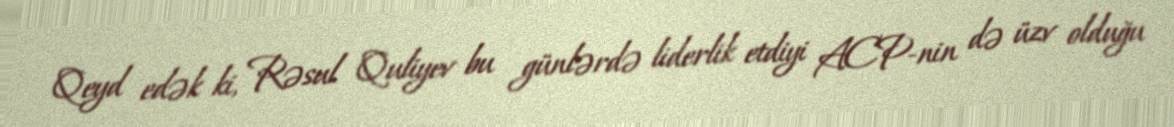
Qeyd edək ki, Rəsul Quliyev bu günlərdə liderlik etdiyi ACP-nin də üzv olduğu